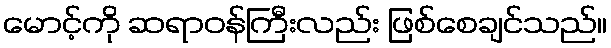
မောင့်ကို ဆရာဝန်ကြီးလည်း ဖြစ်စေချင်သည်။